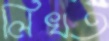
লিখত